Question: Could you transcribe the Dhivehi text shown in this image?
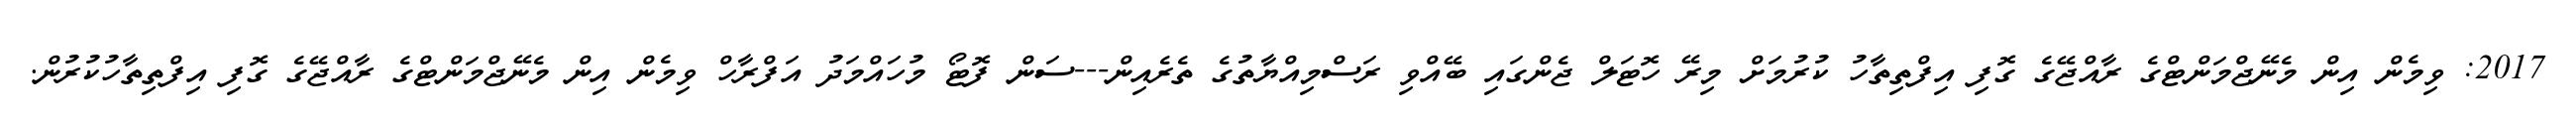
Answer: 2017: ވިމެން އިން މެނޭޖްމަންޓްގެ ރާއްޖޭގެ ގޮފި އިފްތިތާހު ކުރުމަށް މިރޭ ހޮޓަލް ޖެންގައި ބޭއްވި ރަސްމިއްޔާތުގެ ތެރެއިން---ސަން ފޮޓޯ މުހައްމަދު އަފްރާހް ވިމެން އިން މެނޭޖްމަންޓްގެ ރާއްޖޭގެ ގޮފި އިފްތިތާހުކުރުން.